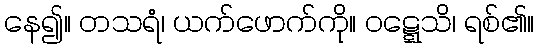
နေ၍။ တသရံ၊ ယက်ဖောက်ကို။ ဝဋ္ဋေသိ၊ ရစ်၏။